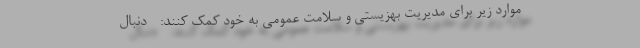
موارد زیر برای مدیریت بهزیستی و سلامت عمومی به خود کمک کنند: - دنبال